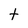
Character: t